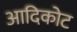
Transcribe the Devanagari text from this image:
आदिकोट